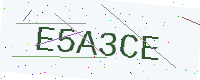
Text: E5A3CE